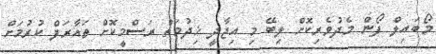
މޯބައިލް ފޯން މެދުވެރިކޮށް ލިބޭ މި އިޖާދީ ޚިދުމަތް ރަސްމީކޮށް ތައާރަފް ކުރުމަށް